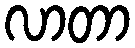
လာတာ